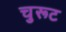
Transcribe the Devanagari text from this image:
चुरूट